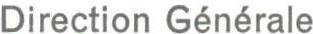
Direction Générale